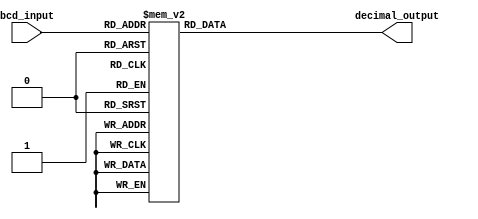
module BCDDecoder(
    input [3:0] bcd_input,
    output reg [3:0] decimal_output
);

always @(*)
begin
    case(bcd_input)
        4'b0000: decimal_output = 4'b0000; // Decimal 0
        4'b0001: decimal_output = 4'b0001; // Decimal 1
        4'b0010: decimal_output = 4'b0010; // Decimal 2
        4'b0011: decimal_output = 4'b0011; // Decimal 3
        4'b0100: decimal_output = 4'b0100; // Decimal 4
        4'b0101: decimal_output = 4'b0101; // Decimal 5
        4'b0110: decimal_output = 4'b0110; // Decimal 6
        4'b0111: decimal_output = 4'b0111; // Decimal 7
        4'b1000: decimal_output = 4'b1000; // Decimal 8
        4'b1001: decimal_output = 4'b1001; // Decimal 9
        default: decimal_output = 4'b0000; // Default output (Decimal 0)
    endcase
end

endmodule